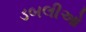
ડબલીઓ